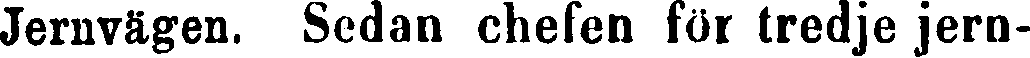
Jernvägen. Sedan chefen för tredje jern-